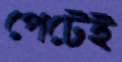
পেটেই